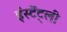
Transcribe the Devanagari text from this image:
इंस्टेंट्ली